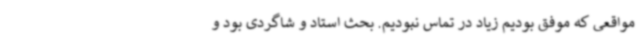
مواقعی که موفق بودیم زیاد در تماس نبودیم. بحث استاد و شاگردی بود و